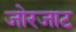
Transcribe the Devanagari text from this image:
जोरजाट